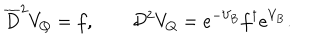
LaTeX: \overline { { D } } ^ { 2 } V _ { Q } = f , \qquad { \cal D } ^ { 2 } V _ { Q } = e ^ { - V _ { B } } f ^ { \dagger } e ^ { V _ { B } } .